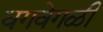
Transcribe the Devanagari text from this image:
वगवेगळी